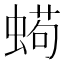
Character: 𱿵